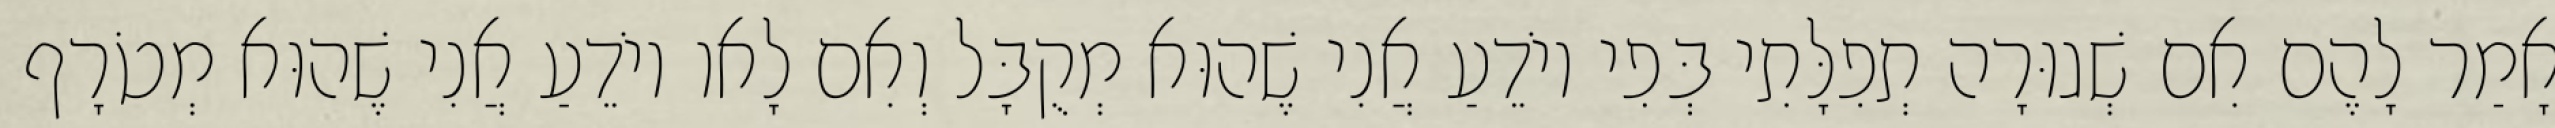
אָמַר לָהֶם אִם שְׁגוּרָה תְפִלָּתִי בְּפִי יוֹדֵעַ אֲנִי שֶׁהוּא מְקֻבָּל וְאִם לָאו יוֹדֵעַ אֲנִי שֶׁהוּא מְטֹרָף